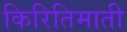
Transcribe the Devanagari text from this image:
किरितिमाती